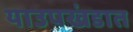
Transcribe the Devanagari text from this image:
याउपखंडात